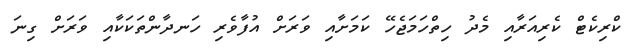
ކްރިކެޓް ކެރިއަރާއި މެދު ހިތްހަމަޖެހޭ ކަމަށާއި ވަރަށް އުފާވެރި ހަނދާންތަކަކާއި ވަރަށް ގިނަ